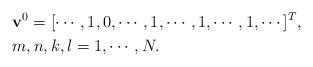
LaTeX: \begin{align*}&\mathbf{v}^{0}=[\cdots, 1, 0, \cdots, 1, \cdots, 1, \cdots, 1, \cdots]^{T},\\&m,n,k,l=1,\cdots,N.\end{align*}